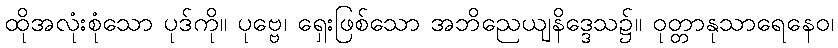
ထိုအလုံးစုံသော ပုဒ်ကို။ ပုဗ္ဗေ၊ ရှေးဖြစ်သော အဘိညေယျနိဒ္ဒေသ၌။ ဝုတ္တာနုသာရေနေဝ၊